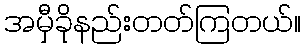
အမှီခိုနည်းတတ်ကြတယ်။